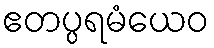
ဧတပ္ပရမံယေဝ